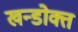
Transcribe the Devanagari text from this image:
खन्डोक्त